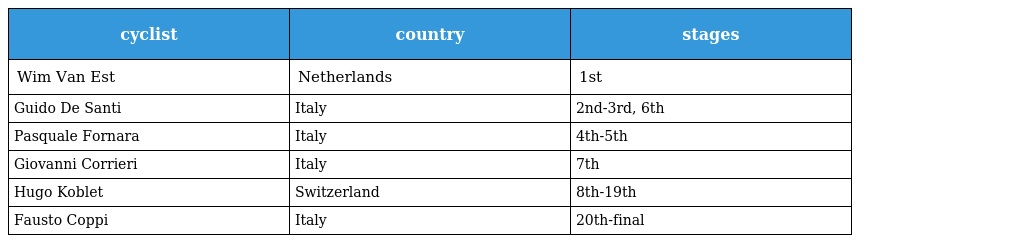
| cyclist | country | stages |
 | --- | --- | --- |
 | Wim Van Est | Netherlands | 1st |
 | Guido De Santi | Italy | 2nd-3rd, 6th |
 | Pasquale Fornara | Italy | 4th-5th |
 | Giovanni Corrieri | Italy | 7th |
 | Hugo Koblet | Switzerland | 8th-19th |
 | Fausto Coppi | Italy | 20th-final |